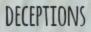
DECEPTIONS